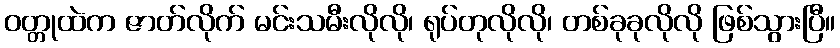
ဝတ္တုထဲက ဇာတ်လိုက် မင်းသမီးလိုလို၊ ရုပ်တုလိုလို၊ တစ်ခုခုလိုလို ဖြစ်သွားပြီ။